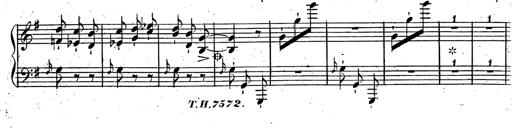
Title: Rondeau fantastique sur un thÃ¨me espagnol
Composer: Franz Liszt